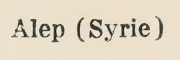
Alep (Syrie)